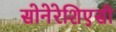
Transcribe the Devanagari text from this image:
सोनेरेशिएसी